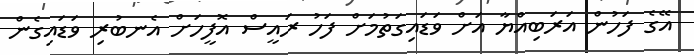
އޭގެ ފަހުން އަރަބިއްޔާ އަށް ވަޑައިގަތުމަށް ފަހު ރައީސް އޮފީހަށް އެނބުރި ވަޑައިގެން